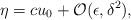
LaTeX: \begin{align*} \eta = cu_{0}+\mathcal{O}(\epsilon, \delta^{2}),\end{align*}